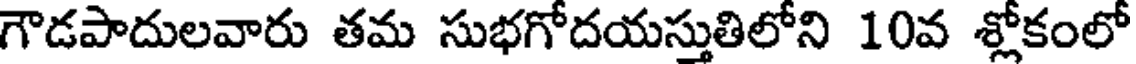
గౌడపాదులవారు తమ సుభగోదయస్తుతిలోని 10వ శ్లోకంలో